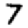
Digit: 7